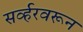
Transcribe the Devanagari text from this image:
सर्व्हरवरून